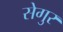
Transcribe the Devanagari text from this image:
सेगुर